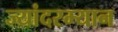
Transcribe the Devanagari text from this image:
ज्यांदरम्यान